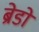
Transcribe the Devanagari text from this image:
ब्रेडों